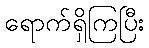
ရောက်ရှိကြပြီး